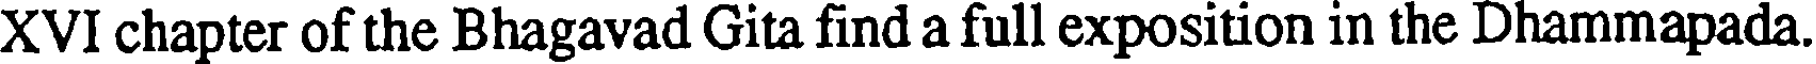
XVI chapter of the Bhagavad Gita find a full exposition in the Dhammapada.